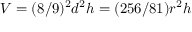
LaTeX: V = ( 8 / 9 ) ^ { 2 } d ^ { 2 } h = ( 2 5 6 / 8 1 ) r ^ { 2 } h